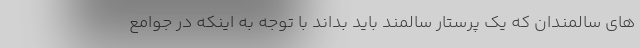
های سالمندان که یک پرستار سالمند باید بداند با توجه به اینکه در جوامع